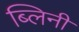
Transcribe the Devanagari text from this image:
ब्लिनी